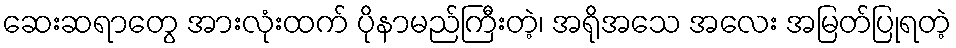
ဆေးဆရာတွေ အားလုံးထက် ပိုနာမည်ကြီးတဲ့၊ အရိုအသေ အလေး အမြတ်ပြုရတဲ့